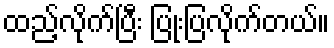
ထည့်လိုက်ပြီး ပြုံးပြလိုက်တယ်။